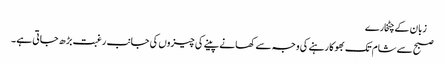
 زبان کے چٹخارے
صبح سے شام تک بھوکا رہنے کی وجہ سے کھانے پینے کی چیزوں کی جانب رغبت بڑ ھ جاتی ہے ۔